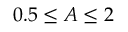
0 . 5 \leq A \leq 2